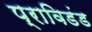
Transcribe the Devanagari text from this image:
प्राविडंड